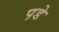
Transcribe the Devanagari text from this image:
प़डे